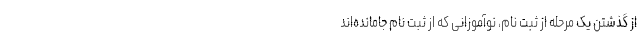
از گذشتن یک مرحله از ثبت نام، نوآموزانی که از ثبت نام جامانده‌اند